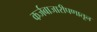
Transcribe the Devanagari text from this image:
कर्जबाजारीपणातून